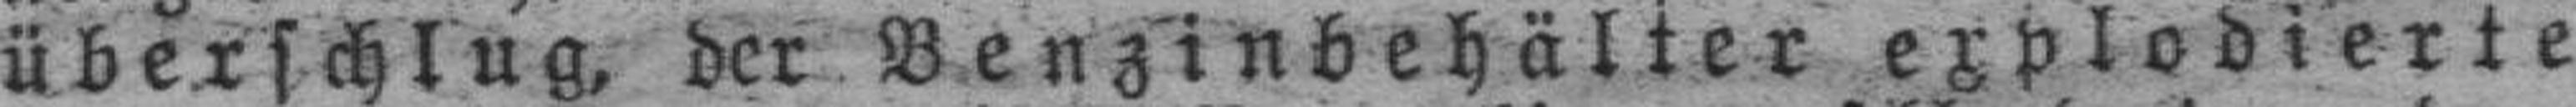
überschlug, der Benzinbehälter explodierte